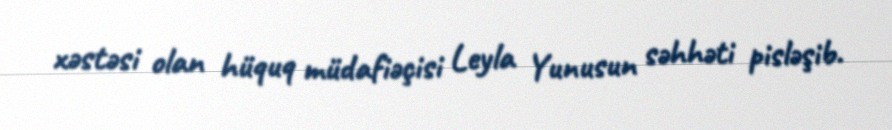
xəstəsi olan hüquq müdafiəçisi Leyla Yunusun səhhəti pisləşib.